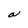
Character: a